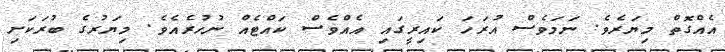
އެއްގޮތް މިޔަރެވެ. ނަމަވެސް އުރަހަ ކައިރީގައި އެއްވެސް ކައްޓެއް ނުހުރެއެވެ. މިޔަރުގެ ބުރަކަށި